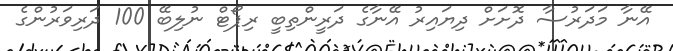
އޭނާ މަދަރުސާ ދޮށަށް ދިޔައިރު އޭނާގެ ދަރީންތިބީ ރިޕޯޓް ނުލިބޭ 100 ދަރިވަރުންގެ